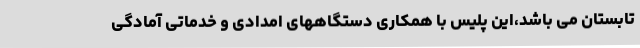
تابستان می باشد،این پلیس با همکاری دستگاههای امدادی و خدماتی آمادگی